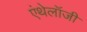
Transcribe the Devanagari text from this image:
एंथेलॉजी